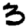
Digit: 3